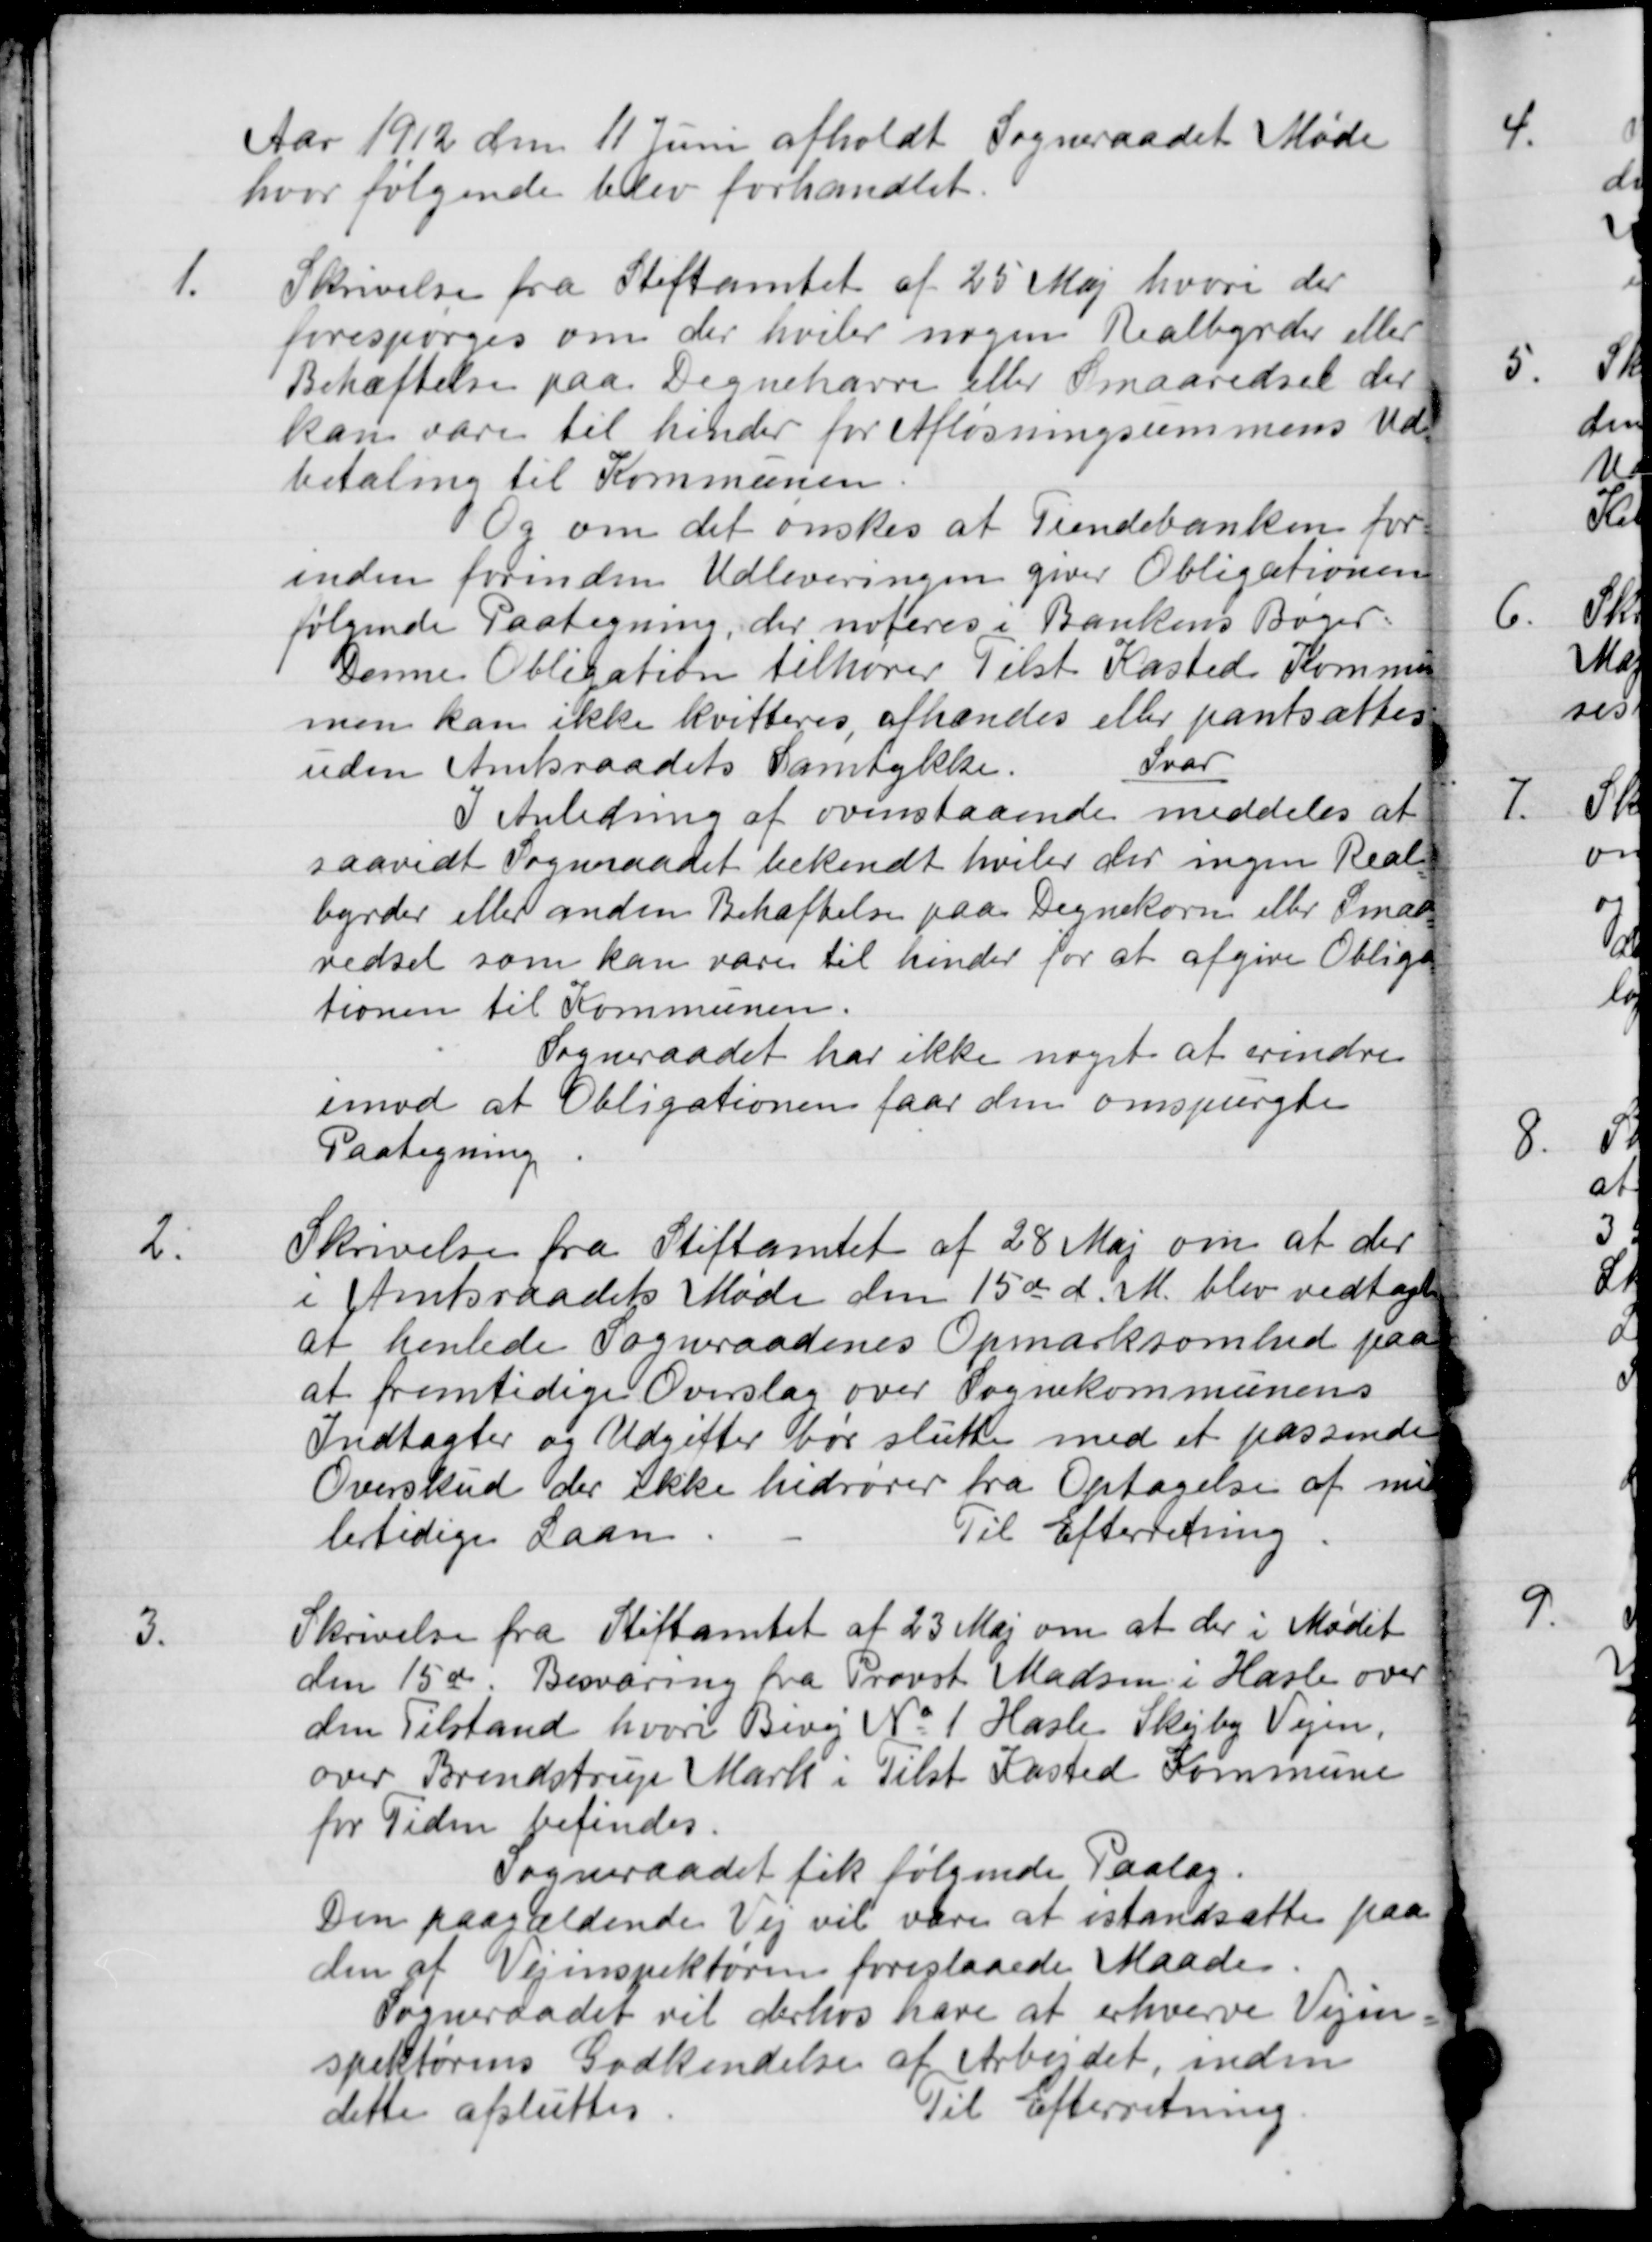
Transskription:
Aar 1912 den 11 Juni afholdt Sogneraadet Møde
hvor følgende blev forhandlet
1.
Skrivelse fra Stiftamtet af 25 Maj hvori der
forespørges om der hviler nogen Realbyrder eller
Behæftelse paa Degnehavre eller Smaaredsel der
kan vare til hinder for Afløsningsummens Ud
betaling til Kommunen.
Og om det ønskes at Tiendebanken for
inden forinden Udleveringen giver Obligationen
følgende Paategning, der noteres i Bankens Bøger.
Denne Obligation tilhører Tilst Kasted Kommune
men kan ikke kvitteres, afhændes eller pantsattes
uden Amtsraadets Samtykke.
Svar
I Anledning af ovenstaaende meddeles at
saavidt Sogneraadet bekendt hviler der ingen Real-
byrder eller anden Behæftelse paa Degnekorn eller Smaa-
redsel som kan være til hinder for at afgive Obliga-
tionen til Kommunen.
Sogneraadet har ikke noget at erindre
imod at Obligationen faar den omspurgte
Paategning
2.
Skrivelse fra Stiftamtet af 28 Maj om at der
i Amtsraadets Møde den 15de d. M. blev vedtage
at henlede Sogneraadenes Opmarksomhed paa
at fremtidige Overslag over Sognekommunens
Indtægter og Udgifter bør slutte med et passende
Overskud der ikke hedrører fra Optagelse af mid
lertidige Laan
Til Efterretning
3.
Skrivelse fra Stiftamtet af 23 Maj om at der i Mødet
den 15 d. Besværing fra Provst Madsen i Hasle over 
den Tilstand, hvori Bivej No 1 Hasle Skejby Vejen,
over Brendstrup Mark i Tilst Kasted Kommune
for Tiden befindes.
Sogneraadet fik følgende Paalæg.
Den paagældende Vej vil være at istandsætte paa
den af Vejinspektøren foreslaaede Maade
Sogneraadet vil derhos have at erhverve Vejin-
spektørens Godkendelse af Arbejdet, inden
dette afsluttes
Til Efterretning